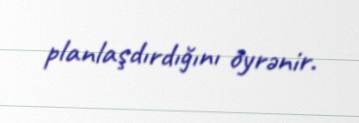
planlaşdırdığını öyrənir.